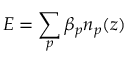
E = \sum _ { p } \beta _ { p } n _ { p } ( z )